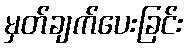
မှတ်ချက်ပေးခြင်း